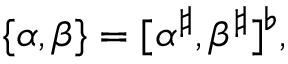
\{ \alpha , \beta \} = [ \alpha ^ { \sharp } , \beta ^ { \sharp } ] ^ { \flat } ,